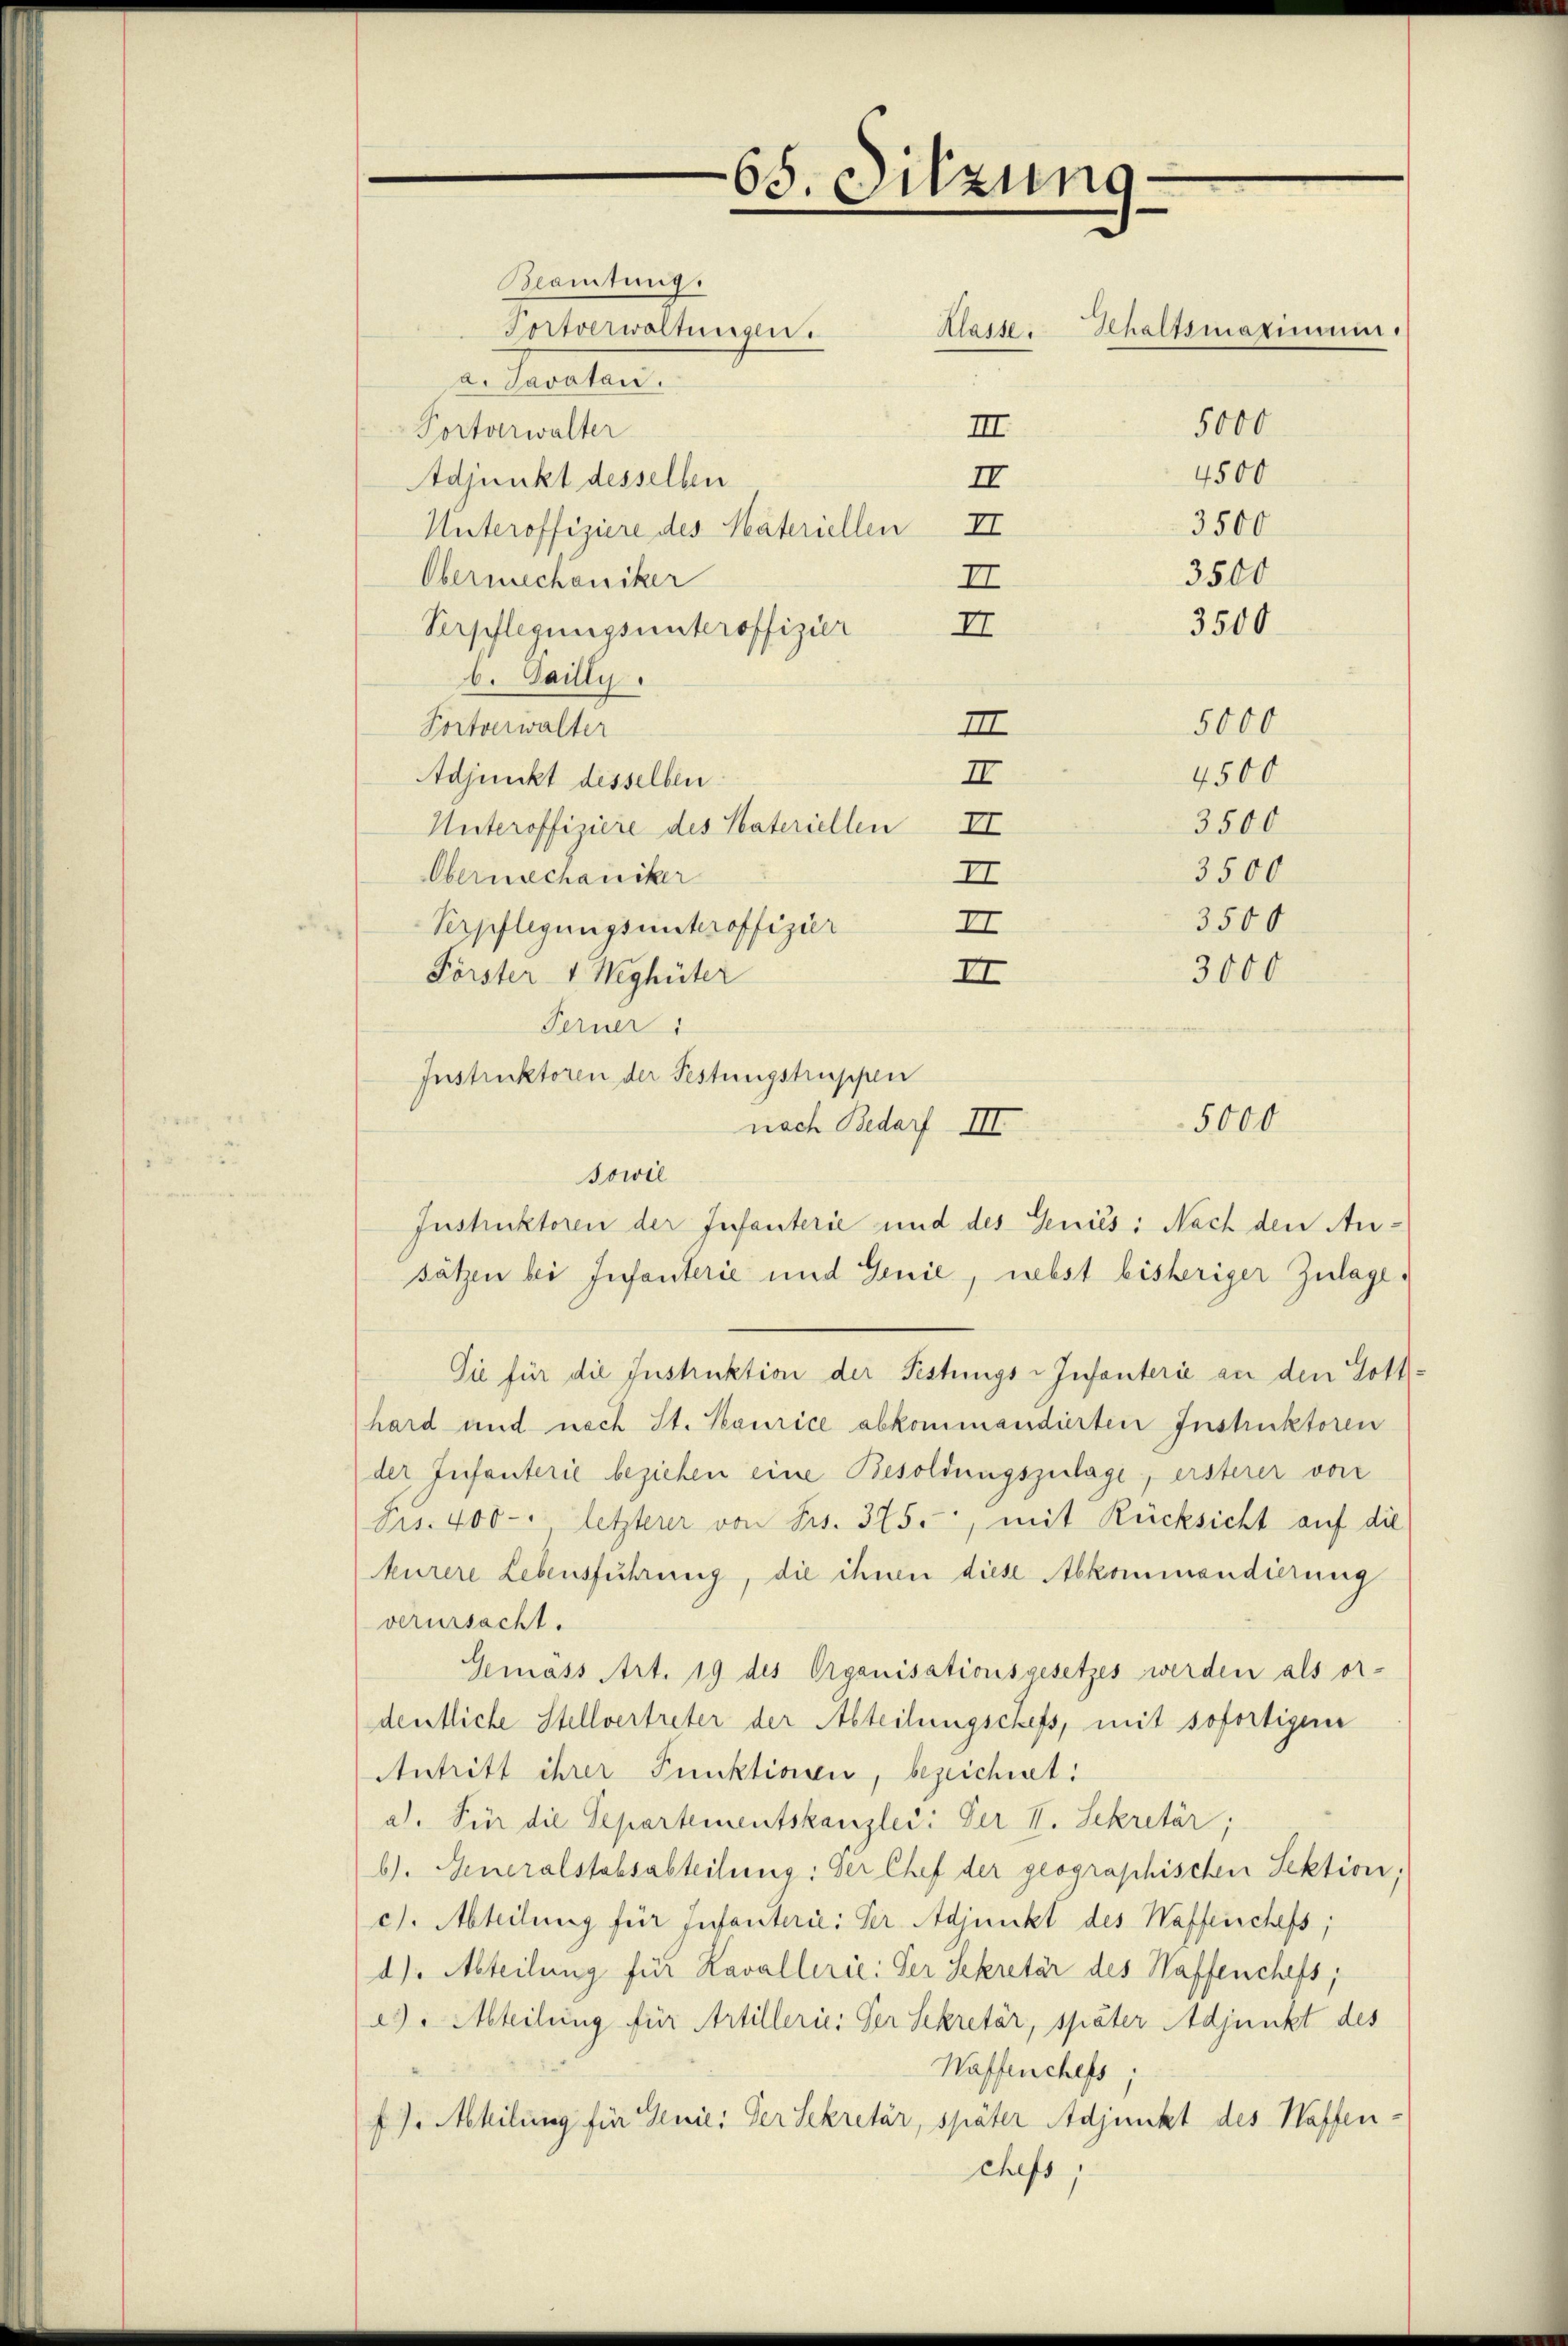
Beamtung.
Iitverwaltungen.
a. Savatai
III
Portorwalter
Adjunkt desselben
II
3500
Unteroffiziere des Materiellen II
3500
Obermechaniker
II
3500
Verpflegungsunteroffizier II
b. Sailly.
II
Portverwalter
II
Adjunkt desselben
Unteroffiziere des Vateriellen II
Obermechaniker
II
Verpflegungsunteroffizier
II
III
Förster 4 Weghüter
Ferner
sätzen bei Infanterie und Genie, nebst bisheriger Zulage
Sie für die Instruktion der Festungs-Infanterie an den Gotthard und nach St. Kaurice abkommendierten Instruktoren
der Infanterie beziehen eine Besoldungszulage, ersterer von
Frs. 400 letzterer von Frs. 375., mit Rücksicht auf die
kurere Lebensführung, die ihnen diese Abkommendierung
verursacht.
Gemäss Art. 19 des Organisationsgesetzes werden als or-
dentliche Stellvertreter der Abteilungschefs, mit sofortigen
Antritt ihrer Punktionen, bezeichnet:
a. Für die Separtementskanzlei: Der II. Sekretär,
b). Generalstabsabteilung: Der Chef der geographischen Sektion;
c). Abteilung für Infanterie: der Adjunkt des Waffenschefs,
d). Abteilung für Kavallerie: Der Sekretär des Waffenchefs,
e. Abteilung für Artillerie. Der Sekretär, später Adjunkt des
Waffenchefs,
f. Abhilung für Genie: Der Sekretär, später Adjunkt des Waffenchefs,

Instruktoren der Festungstruppen
nach Bedarf III
sowie
Instruktoren der Infanterie und des Genies: Nach den An¬

65. Sitzung

5000
4500

Klasse. Gehaltsmaximum.

4500
3500
3500
3500
3000

5000

5000